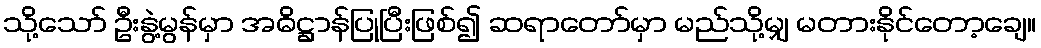
သို့သော် ဦးနွဲ့မွန်မှာ အဓိဋ္ဌာန်ပြုပြီးဖြစ်၍ ဆရာတော်မှာ မည်သို့မျှ မတားနိုင်တော့ချေ။